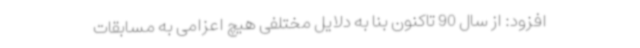
افزود: از سال 90 تاکنون بنا به دلایل مختلفی هیچ اعزامی به مسابقات